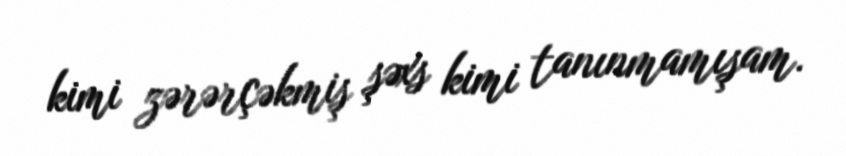
kimi zərərçəkmiş şəxs kimi tanınmamışam.